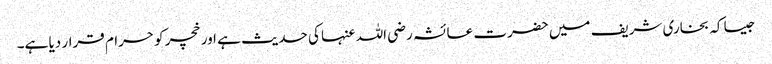
جیسا کہ بخاری شریف میں حضرت عائشہ رضی اللہ عنہا کی حدیث ہے اور خچر کو حرام قرار دیا ہے۔